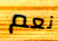
نعم